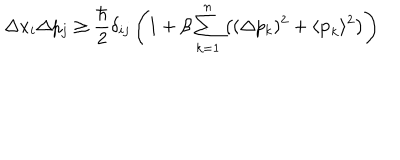
\Delta x _ { i } \Delta p _ { j } \ge \frac { \hbar } { 2 } \delta _ { i j } \left( 1 + \beta \sum _ { k = 1 } ^ { n } \left( ( \Delta p _ { k } ) ^ { 2 } + \langle { \bf { p } } _ { k } \rangle ^ { 2 } \right) \right)